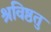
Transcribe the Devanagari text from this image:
श्रविष्ठतु